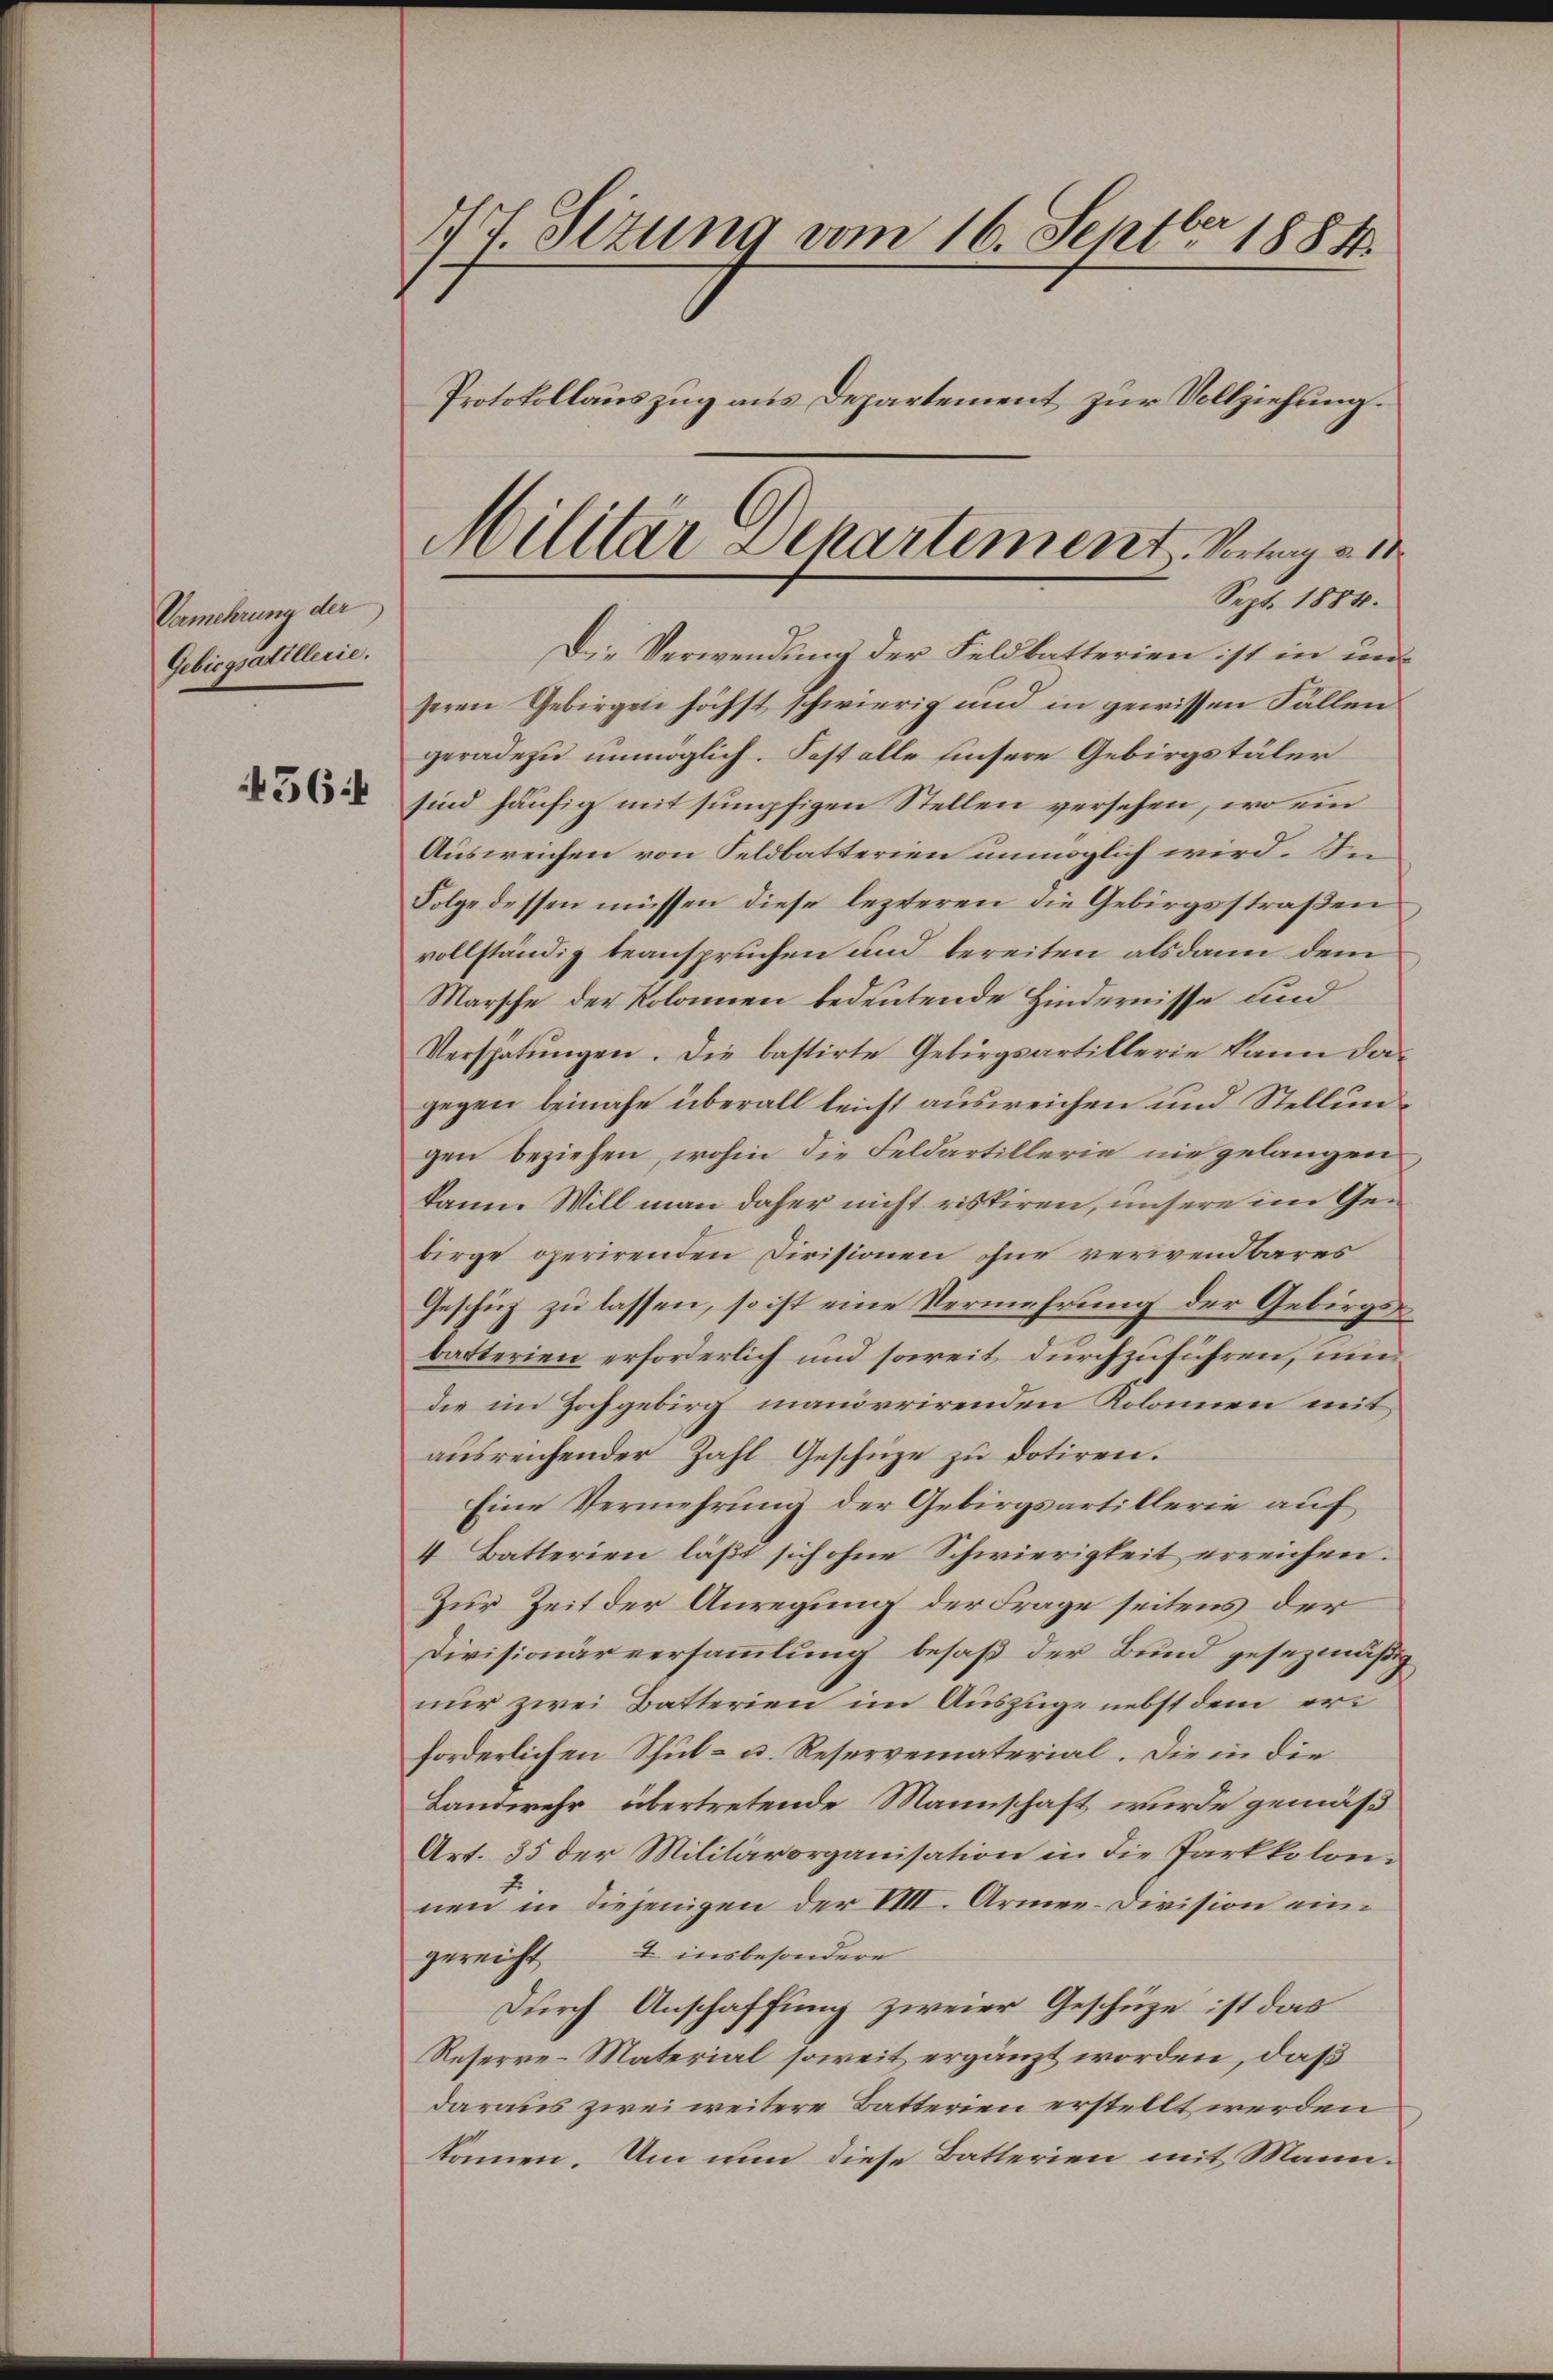
Vermehrung der
Gebirgsatellerie.

456

17 Sizung vom 16. Septbr 1884.
Protokollauszug aus Departement zur Vollziehung.
Militär Departement Berg a

Sept. 1884.

Die Verwendung der Feldbatterien ist in und
seren Gebirgen höchst schwierig und in gewissen Fällen
geradezu unmöglich. Fest alle hinsere Gebirgstäler
sind häufig mit sumpfigen Stellen versehen, wo ein
Ausweichen von Feldbatterien unmöglich wird. Im
Folge dessen müssen diese lezteren die Gebirgsstraßen
vollständig beanspruchen und bereiten alsdann dem
Marsche der Kolonnen bedeutende Hindernisse und
Verschätungen. Die bastirte Gebirgsartillerie kann dagegen beinahe überall leicht ausweichen und Stellungen beziehen, wohin die Feldartillerie nie gelangen
kann. Will man daher nicht ristiren, unsere im Gebirge operirenden Civisionen ohne verwendbares
Geschüz zu lassen, so ist eine Vermehrung der Gebirgsbatterien erforderlich und soweit durchzuführen, un
die im Hochgebirg manoerirenden Kolonien mit
ausreichender Zahl Geschüze zu dotiren.
Eine Vermehrung der Gebirgsartillerie auf
4 Batterien läßt sich ohne Schwierigkeit erreichen.
Zur Zeit der Anregung der Frage seitens der
Divisionärversammlung besaß der Bund gesezmäßig
nur zwei Batterien im Auszüge nebst dem erforderlichen Schul- u. Reservematerial. Die in die
Landwehr übertretende Mannschaft wurde gemäß
Art. 35 der Militärorganisation in die Parkkolonnen in diejenigen der VIII. Armee-Division eingereift & insbesondere
Durch Anschaffung zweier Geschüze ist das
Reserre-Material soweit ergänzt worden, daß
daraus zwei weitere Batterien erstellt werden
können. Um nun diese Batterien mit Mann¬